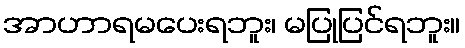
အာဟာရမပေးရဘူး၊ မပြုပြင်ရဘူး။